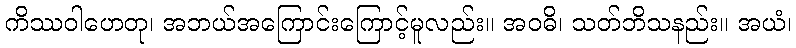
ကိဿဝါဟေတု၊ အဘယ်အကြောင်းကြောင့်မူလည်း။ အဝဓိ၊ သတ်ဘိသနည်း။ အယံ၊